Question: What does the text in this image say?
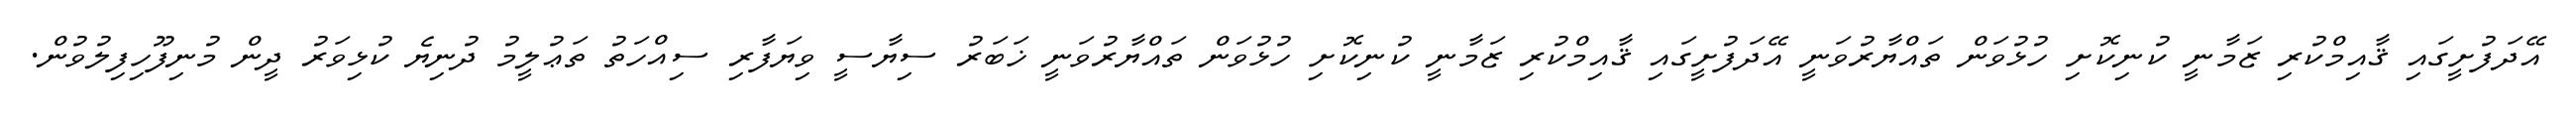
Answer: އޭދަފުށީގައި ޤާއިމްކުރި ޒަމާނީ ކުނިކޮށި ހުޅުވަން ތައްޔާރުވަނީ އޭދަފުށީގައި ޤާއިމްކުރި ޒަމާނީ ކުނިކޮށި ހުޅުވަން ތައްޔާރުވަނީ ޚަބަރު ސިޔާސީ ވިޔަފާރި ސިއްހަތު ތަޢުލީމު ދުނިޔެ ކުޅިވަރު ދީން މުނިފޫހިފިލުވުން.